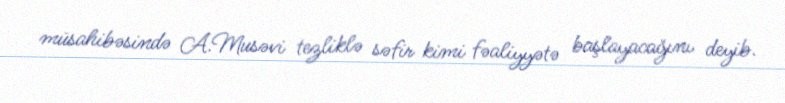
müsahibəsində A.Musəvi tezliklə səfir kimi fəaliyyətə başlayacağını deyib.